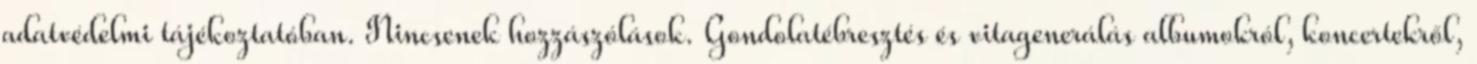
adatvédelmi tájékoztatóban. Nincsenek hozzászólások. Gondolatébresztés és vitagenerálás albumokról, koncertekről,